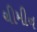
ચીમીન